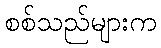
စစ်သည်များက